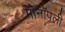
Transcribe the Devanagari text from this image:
मोनॉपली